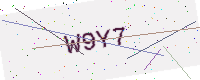
Text: W9Y7